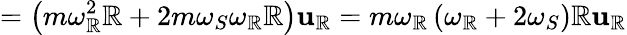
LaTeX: =\left(m\omega_{\mathbb{R}}^{2}\mathbb{R}+2m\omega_{S}\omega_{\mathbb{R}}\mathbb{R}\right)\mathbf{{u}}_{\mathbb{R}}=m\omega_{\mathbb{R}}\left(\omega_{\mathbb{R}}+2\omega_{S}\right)\mathbb{R}\mathbf{{u}}_{\mathbb{R}}